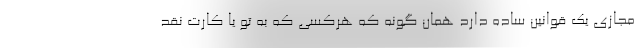
مجازی یک قوانین ساده دارد همان گونه که هرکسی که به تو یا کارت نقد